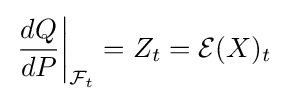
\left.{\frac {dQ}{dP}}\right|_{{\mathcal {F}}_{t}}=Z_{t}={\mathcal {E}}(X)_{t}